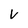
Character: V